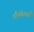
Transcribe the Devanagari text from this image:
नौशोरवाँ